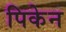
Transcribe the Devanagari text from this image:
पिकेन